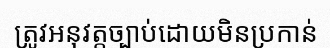
ត្រូវអនុវត្តច្បាប់ដោយមិនប្រកាន់